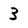
Character: 3